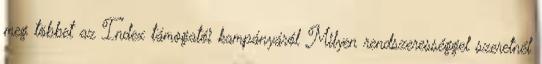
meg többet az Index támogatói kampányáról Milyen rendszerességgel szeretnél